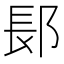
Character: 𬪆